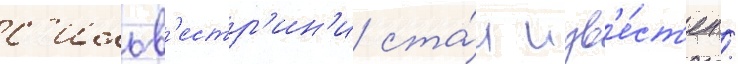
с'ильв'естр'ин'и ста́л изв'е́ст'ен /